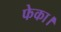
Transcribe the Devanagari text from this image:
फेका।